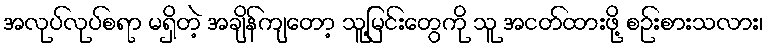
အလုပ်လုပ်စရာ မရှိတဲ့ အချိန်ကျတော့ သူ့မြင်းတွေကို သူ အငတ်ထားဖို့ စဉ်းစားသလား၊